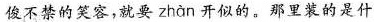
俊不禁的笑容，就要 zhàn 开似的。那里装的是什